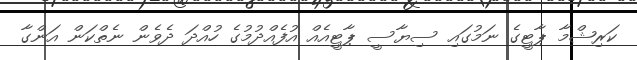
ކަރިޝްމާ ޕާޓީގެ ނަމުގައި ސިޔާސީ ޕާޓީއެއް އުފެއްދުމުގެ ހުއްދަ ދެވެން ނެތްކަން އަންގާ